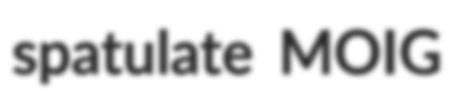
spatulate MOIG